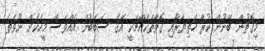
މިގޮތުން ބޭނުން ކުރާ ހަތިޔާރާއި ގޮވާތަކެއްޗަކީ އޭގެ ސަބަބުން އެއްވެސް މީހަކަށް ނުވަތަ